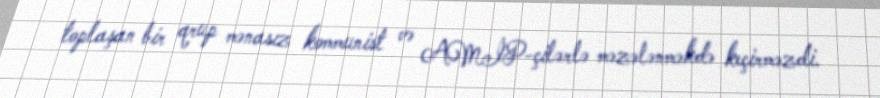
toplaşan bir qrup mənasız kommunist və AMİP-çilərlə məzələnməkdə keçirməzdi.